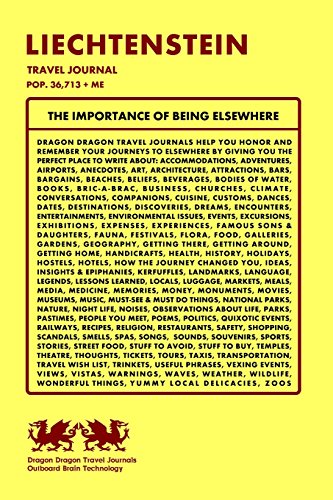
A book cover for Liechtenstein Travel Journal, Pop. 36,713 + Me; Dragon Dragon Travel Journals; Travel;